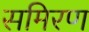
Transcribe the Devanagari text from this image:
समिरण